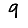
Digit: 9